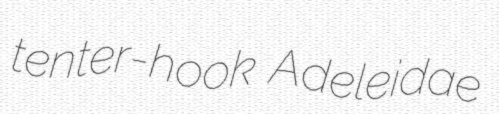
tenter-hook Adeleidae